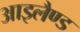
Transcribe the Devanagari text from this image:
आइलैण्‍ड